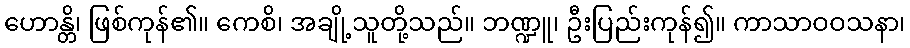
ဟောန္တိ၊ ဖြစ်ကုန်၏။ ကေစိ၊ အချို့သူတို့သည်။ ဘဏ္ဍူ၊ ဦးပြည်းကုန်၍။ ကာသာဝဝသနာ၊